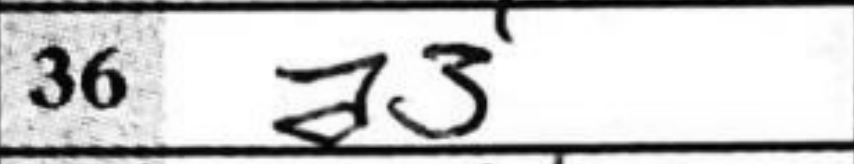
Transcription: a3